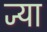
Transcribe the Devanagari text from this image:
ज्‍या